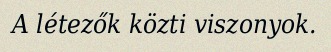
A létezők közti viszonyok.